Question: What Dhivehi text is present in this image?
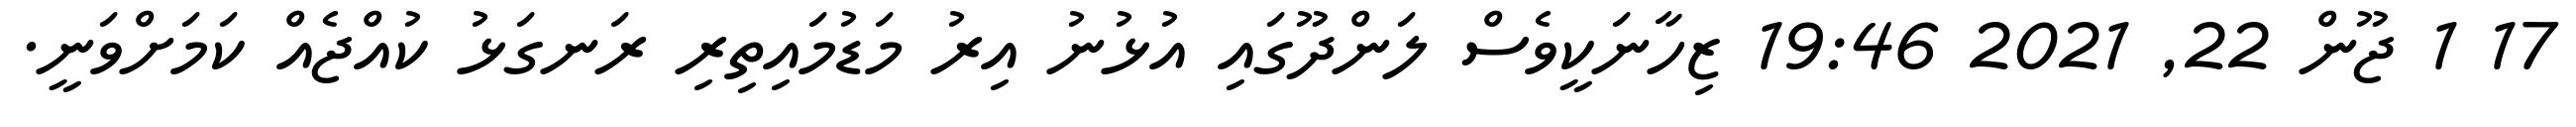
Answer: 17 1 ޖޫން 22, 2021 19:46 ޒިހާނަކީވެސް ލަންދޫގައި އުޅުނު އިރު މަޑުމައިތިރި ރަނގަޅު ކުއްޖެއް ކަމަށްވަނީ.